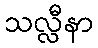
သလ္လီနာ